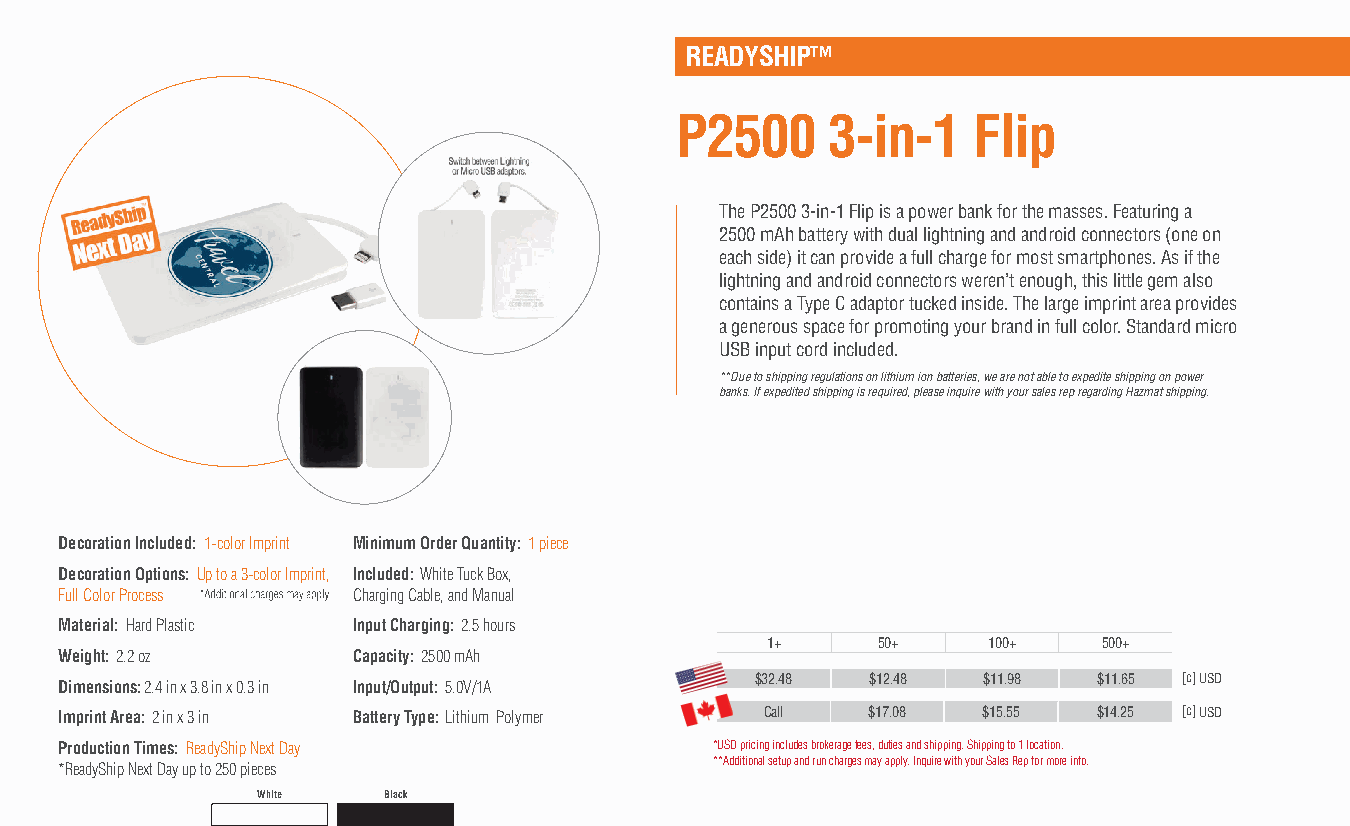
READYSHIP™
 P2500     3-in-1   Flip
 The P2500 3-in-1 Flip is a power bank for the masses. Featuring a
 2500 mAh battery with dual lightning and android connectors (one on
 each side) it can provide a full charge for most smartphones. As if the
 lightning and android connectors weren’t enough, this little gem also
 contains a Type C adaptor tucked inside. The large imprint area provides
 a generous space for promoting your brand in full color. Standard micro
 USB input cord included.
 **Due to shipping regulations on lithium ion batteries, we are not able to expedite shipping on power
 banks. If expedited shipping is required, please inquire with your sales rep regarding Hazmat shipping.
 Decoration Included: 1-color Imprint Minimum Order Quantity: 1 piece
 Decoration Options: Up to a 3-color Imprint, Included: White Tuck Box,
 Full Color Process Charging Cable, and Manual
 Material: Hard Plastic Input Charging: 2.5 hours
 1+     50+    100+    500+
 Weight: 2.2 oz     Capacity: 2500 mAh
 $32.48  $12.48 $11.98  $11.65 [c] USD
 Dimensions: 2.4 in x 3.8 in x 0.3 in Input/Output: 5.0V/1A
 Imprint Area: 2 in x 3 in Battery Type: Lithium Polymer Call $17.08 $15.55 $14.25 [c] USD
 Production Times: ReadyShip Next Day       *USD pricing includes brokerage fees, duties and shipping. Shipping to 1 location.
 *ReadyShip Next Day up to 250 pieces       **Additional setup and run charges may apply. Inquire with your Sales Rep for more info.
 White   Black